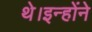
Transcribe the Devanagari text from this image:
थे।इन्होंने